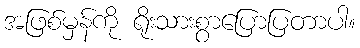
အဖြစ်မှန်ကို ရိုးသားစွာပြောပြတာပါ။